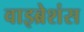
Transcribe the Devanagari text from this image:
वाइब्रेशंस